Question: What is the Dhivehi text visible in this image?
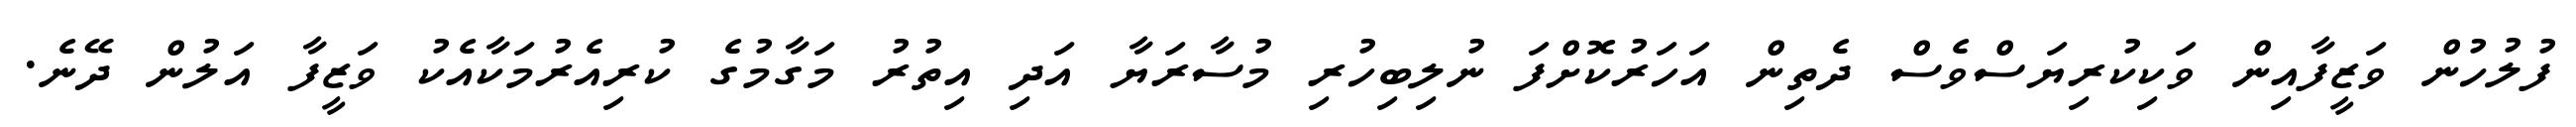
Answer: ފުލުހުން ވަޒީފާއިން ވަކިކުރިޔަސްވެސް ދެތިން އަހަރުކޮށްފަ ނުލިބިހުރި މުސާރަޔާ އަދި އިތުރު މަގާމުގެ ކުރިއެރުމަކާއެކު ވަޒީފާ އަލުން ދޭނެ.